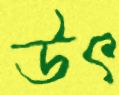
উৎ